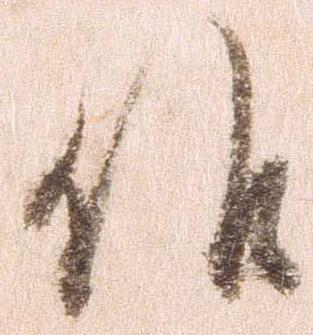
候